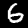
Digit: 6